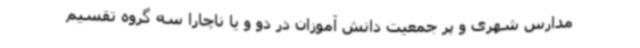
مدارس شهری و پر جمعیت دانش آموزان در دو و یا ناچارا سه گروه تقسیم